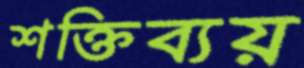
শক্তিব্যয়